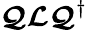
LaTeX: \boldsymbol{\mathcal{Q}}\boldsymbol{\mathcal{L}}\boldsymbol{\mathcal{Q}}^{\dagger}